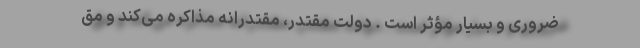
ضروری و بسیار مؤثر است ‌. دولت مقتدر، مقتدرانه مذاکره می‌کند و مق